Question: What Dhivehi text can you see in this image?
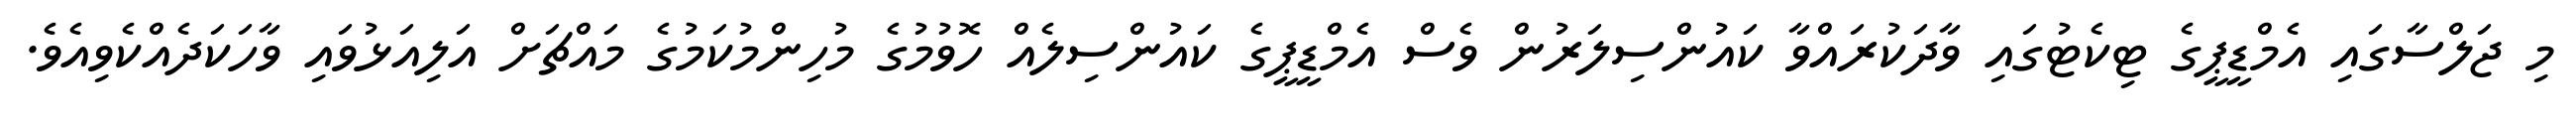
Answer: މި ޖަލްސާގައި އެމްޑީޕީގެ ޓިކެޓުގައި ވާދަކުރައްވާ ކައުންސިލަރުން ވެސް އެމްޑީޕީގެ ކައުންސިލެއް ހޮވުމުގެ މުހިންމުކަމުގެ މައްޗަށް އަލިއަޅުވައި ވާހަކަދެއްކެވިއެވެ.